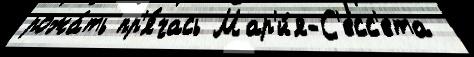
рожа́ть пр'я́чась Мар'и́я-С'есс'ета